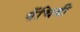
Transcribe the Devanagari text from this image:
पेंचिदी